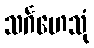
သင်္ဂဟေသုံ